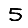
Digit: 5